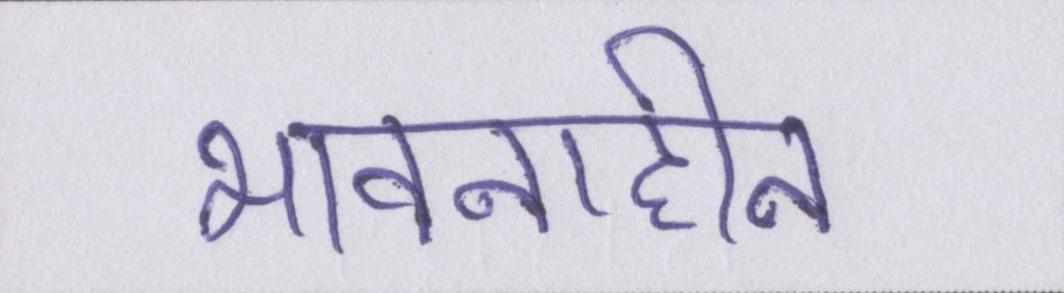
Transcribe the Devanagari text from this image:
भावनाहीन